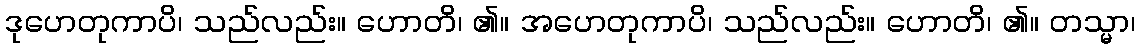
ဒုဟေတုကာပိ၊ သည်လည်း။ ဟောတိ၊ ၏။ အဟေတုကာပိ၊ သည်လည်း။ ဟောတိ၊ ၏။ တသ္မာ၊